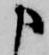
申